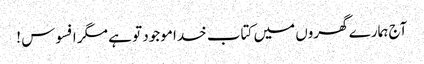
آج ہمارے گھروں میں کتاب خدا موجود تو ہے مگر افسوس !